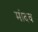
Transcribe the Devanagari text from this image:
मांदव